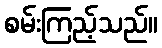
စမ်းကြည့်သည်။